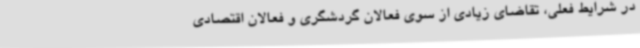
در شرایط فعلی، تقاضای زیادی از سوی فعالان گردشگری و فعالان اقتصادی